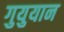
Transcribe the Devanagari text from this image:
गुयुयान